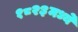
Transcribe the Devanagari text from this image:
१८२३मध्ये